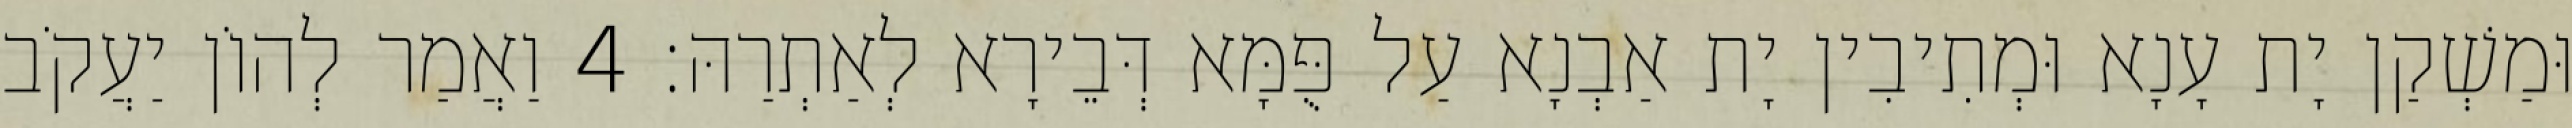
וּמַשְׁקַן יָת עָנָא וּמְתִיבִין יָת אַבְנָא עַל פֻּמָּא דְּבֵירָא לְאַתְרַהּ׃ 4 וַאֲמַר לְהוֹן יַעֲקֹב